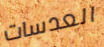
العدسات